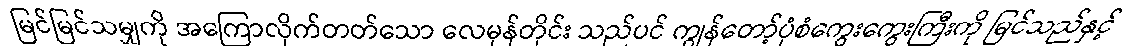
မြင်မြင်သမျှကို အကြောလိုက်တတ်သော လေမုန်တိုင်း သည်ပင် ကျွန်တော့်ပုံစံကွေးကွေးကြီးကို မြင်သည်နှင့်